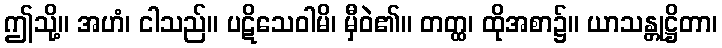
ဤသို့။ အဟံ၊ ငါသည်။ ပဋိသေဝါမိ၊ မှီဝဲ၏။ တတ္ထ၊ ထိုအစာ၌။ ယာသန္တုဋ္ဌိတာ၊